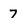
Character: 7